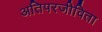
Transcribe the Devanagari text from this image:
अतिपरजीविता